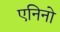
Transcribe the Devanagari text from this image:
एनिनो